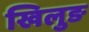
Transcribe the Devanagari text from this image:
खिलुङ